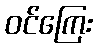
ဝင်ကြေး